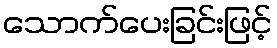
သောက်ပေးခြင်းဖြင့်